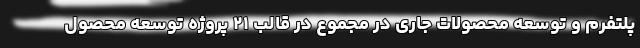
پلتفرم و توسعه محصولات جاری در مجموع در قالب ۲۱ پروژه توسعه محصول